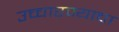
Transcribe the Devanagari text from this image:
उच्चारण्याचा